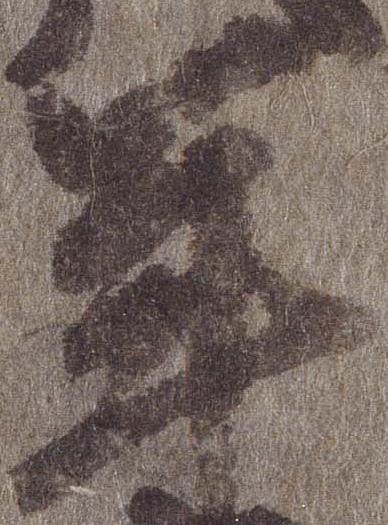
年